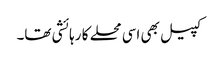
کپیل بھی اسی محلے کا رہائشی تھا۔